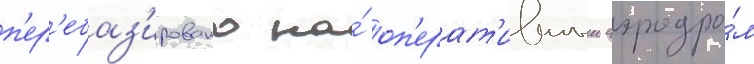
п'ер'ебаз'ировано на́ оп'ерат'ивныи аэродро́м